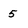
Character: 5